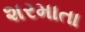
શરમાતા